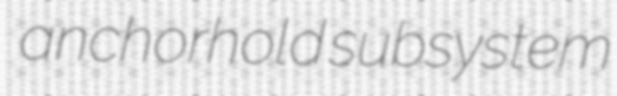
anchorhold subsystem